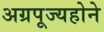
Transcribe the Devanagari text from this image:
अग्रपूज्यहोने